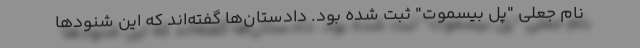
نام جعلی "پل بیسموت" ثبت شده بود. دادستان‌ها گفته‌اند که این شنودها